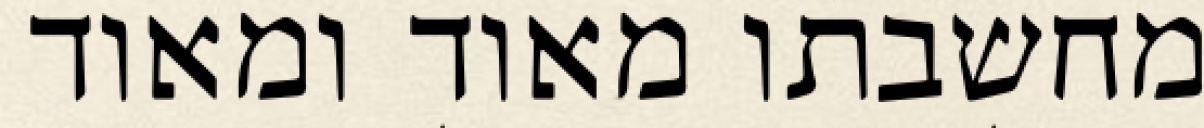
מחשבתו מאוד ומאוד